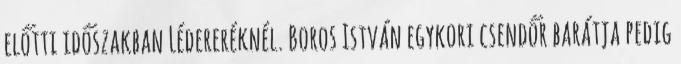
előtti időszakban Lédereréknél. Boros István egykori csendőr barátja pedig